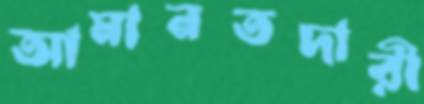
আমানতদারী